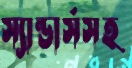
স্যান্ডার্সসহ